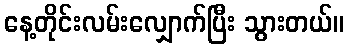
နေ့တိုင်းလမ်းလျှောက်ပြီး သွားတယ်။